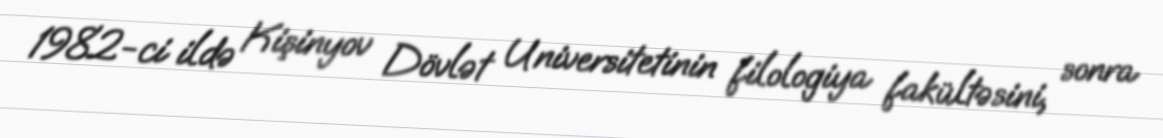
1982-ci ildə Kişinyov Dövlət Universitetinin filologiya fakültəsini, sonra